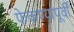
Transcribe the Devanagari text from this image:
फेकण्यापूर्वी